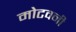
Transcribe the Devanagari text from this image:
मोटवनी